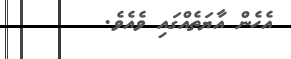
އެހެން އާޔަތެއްގައި ވެއެވެ.